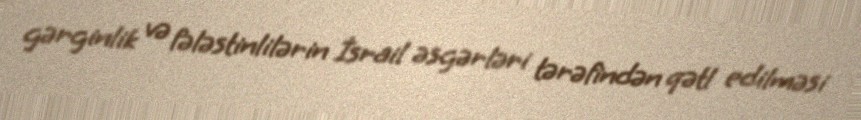
gərginlik və fələstinlilərin İsrail əsgərləri tərəfindən qətl edilməsi